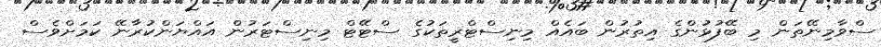
ސްވާމިނޭތަން މި ބޭފުޅުންގެ އިތުރުން ބައެއް މިނިސްޓްރީތަކުގެ ސްޓޭޓް މިނިސްޓަރުން އައްޔަންކުރާނޭ ކަމަށްވެސް